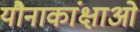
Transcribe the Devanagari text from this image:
यौनाकांक्षाओं